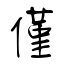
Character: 僅